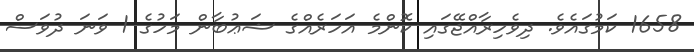
1658 ކަމުގައެވެ. ދިވެހިރާއްޖޭގައި ކޮންމެ އަހަރެއްގެ ޝަޢުބާން މަހުގެ 1 ވަނަ ދުވަސް